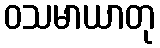
ဝသမာယာတု